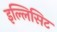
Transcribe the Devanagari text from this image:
इल्लिसिट